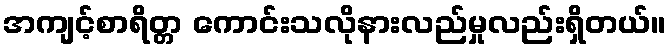
အကျင့်စာရိတ္တ ကောင်းသလိုနားလည်မှုလည်းရှိတယ်။